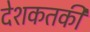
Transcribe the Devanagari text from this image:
देशकतकी